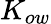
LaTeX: K_{ow}